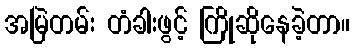
အမြဲတမ်း တံခါးဖွင့် ကြိုဆိုနေခဲ့တာ။